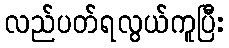
လည်ပတ်ရလွယ်ကူပြီး